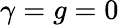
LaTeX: \gamma=g=0